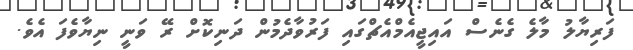
ފަރިޔާލު މާލެ ގެނެސް އައިޖީއެމްއެޗްގައި ފަރުވާދެމުން ދަނިކޮށް ރޭ ވަނީ ނިޔާވެފަ އެވެ.